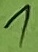
Text: 1